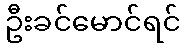
ဦးခင်မောင်ရင်